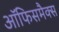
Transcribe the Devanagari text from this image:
ऑफिसमैक्स